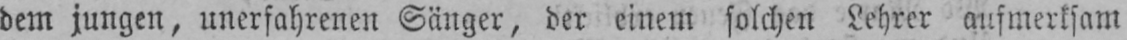
dem jungen, unerfahrenen Sänger, der einem solchen Lehrer aufmerksam